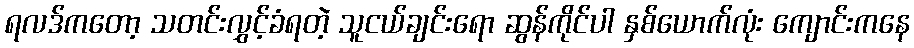
ရလဒ်ကတော့ သတင်းလွှင့်ခံရတဲ့ သူငယ်ချင်းရော ဆွန်ကိုင်ပါ နှစ်ယောက်လုံး ကျောင်းကနေ